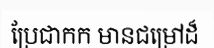
ប្រែជាកក មានជម្រៅដ៏